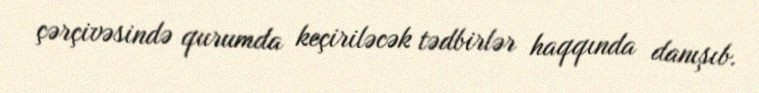
çərçivəsində qurumda keçiriləcək tədbirlər haqqında danışıb.